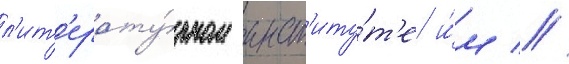
л'ит'ерату́рном инст'иту́т'е и́м //